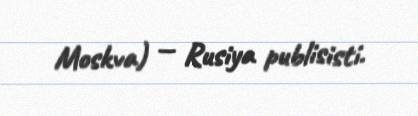
Moskva) — Rusiya publisisti.